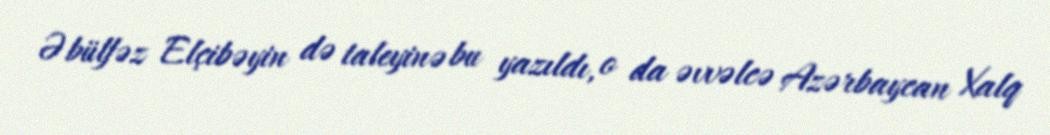
Əbülfəz Elçibəyin də taleyinə bu yazıldı, o da əvvəlcə Azərbaycan Xalq